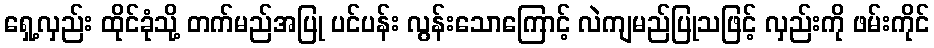
ရှေ့လှည်း ထိုင်ခုံသို့ တက်မည်အပြု ပင်ပန်း လွန်းသောကြောင့် လဲကျမည်ပြုသဖြင့် လှည်းကို ဖမ်းကိုင်